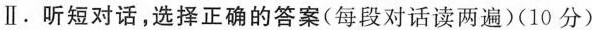
Ⅱ.听短对话,选择正确的答案(每段对话读两遍)(10 分)